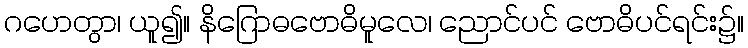
ဂဟေတွာ၊ ယူ၍။ နိဂြောဓဗောဓိမူလေ၊ ညောင်ပင် ဗောဓိပင်ရင်း၌။